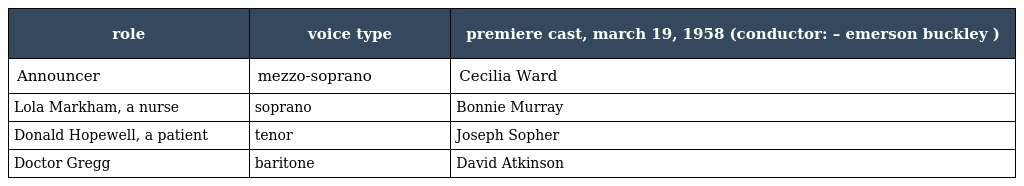
| role | voice type | premiere cast, march 19, 1958 (conductor: – emerson buckley ) |
 | --- | --- | --- |
 | Announcer | mezzo-soprano | Cecilia Ward |
 | Lola Markham, a nurse | soprano | Bonnie Murray |
 | Donald Hopewell, a patient | tenor | Joseph Sopher |
 | Doctor Gregg | baritone | David Atkinson |